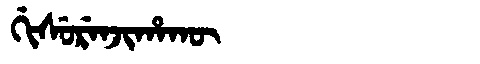
Manchu: ᡤᡳᠰᡠᡵᡝᠨᠵᡳᡥᠠᡴᡡ
Romanization: GISURENJIHAKŪ